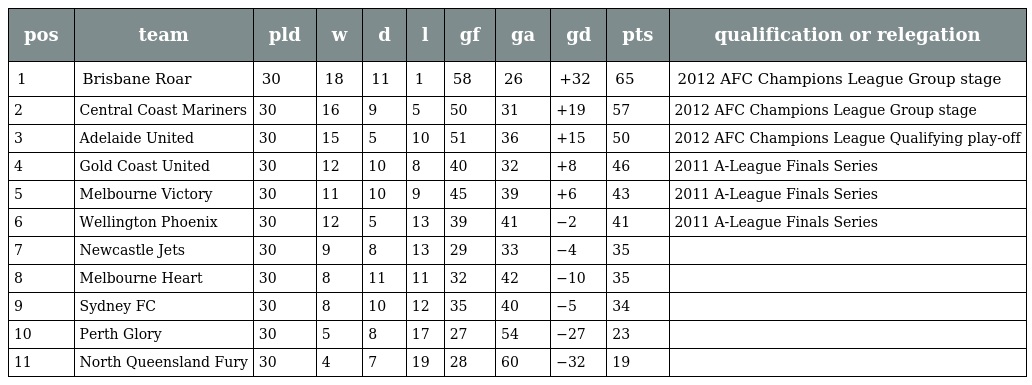
| pos | team | pld | w | d | l | gf | ga | gd | pts | qualification or relegation |
 | --- | --- | --- | --- | --- | --- | --- | --- | --- | --- | --- |
 | 1 | Brisbane Roar | 30 | 18 | 11 | 1 | 58 | 26 | +32 | 65 | 2012 AFC Champions League Group stage |
 | 2 | Central Coast Mariners | 30 | 16 | 9 | 5 | 50 | 31 | +19 | 57 | 2012 AFC Champions League Group stage |
 | 3 | Adelaide United | 30 | 15 | 5 | 10 | 51 | 36 | +15 | 50 | 2012 AFC Champions League Qualifying play-off |
 | 4 | Gold Coast United | 30 | 12 | 10 | 8 | 40 | 32 | +8 | 46 | 2011 A-League Finals Series |
 | 5 | Melbourne Victory | 30 | 11 | 10 | 9 | 45 | 39 | +6 | 43 | 2011 A-League Finals Series |
 | 6 | Wellington Phoenix | 30 | 12 | 5 | 13 | 39 | 41 | −2 | 41 | 2011 A-League Finals Series |
 | 7 | Newcastle Jets | 30 | 9 | 8 | 13 | 29 | 33 | −4 | 35 |  |
 | 8 | Melbourne Heart | 30 | 8 | 11 | 11 | 32 | 42 | −10 | 35 |  |
 | 9 | Sydney FC | 30 | 8 | 10 | 12 | 35 | 40 | −5 | 34 |  |
 | 10 | Perth Glory | 30 | 5 | 8 | 17 | 27 | 54 | −27 | 23 |  |
 | 11 | North Queensland Fury | 30 | 4 | 7 | 19 | 28 | 60 | −32 | 19 |  |